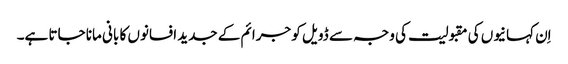
اِن کہانیوں کی مقبولیت کی وجہ سے ڈویل کو جرائم کے جدید افسانوں کا بانی مانا جاتا ہے۔